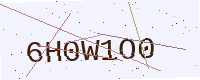
Text: 6H0W1O0